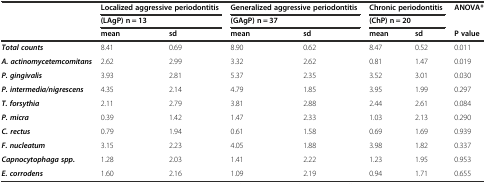
<table><thead><tr><td rowspan="2"></td><td colspan="2"><b>Localized aggressive periodontitis</b></td><td colspan="2"><b>Generalized aggressive periodontitis</b></td><td colspan="2"><b>Chronic periodontitis</b></td><td rowspan="2"><b>ANOVA*</b></td></tr><tr><td colspan="2"><b>(LAgP) n = 13</b></td><td colspan="2"><b>(GAgP) n = 37</b></td><td colspan="2"><b>(ChP) n = 20</b></td></tr><tr><td></td><td><b>mean</b></td><td><b>sd</b></td><td><b>mean</b></td><td><b>sd</b></td><td><b>mean</b></td><td><b>sd</b></td><td><b>P value</b></td></tr></thead><tbody><tr><td><b><i>Total counts</i></b></td><td>8.41</td><td>0.69</td><td>8.90</td><td>0.62</td><td>8.47</td><td>0.52</td><td>0.011</td></tr><tr><td><b><i>A. actinomycetemcomitans</i></b></td><td>2.62</td><td>2.99</td><td>3.32</td><td>2.62</td><td>0.81</td><td>1.47</td><td>0.019</td></tr><tr><td><b><i>P. gingivalis</i></b></td><td>3.93</td><td>2.81</td><td>5.37</td><td>2.35</td><td>3.52</td><td>3.01</td><td>0.030</td></tr><tr><td><b><i>P. intermedia/nigrescens</i></b></td><td>4.35</td><td>2.14</td><td>4.79</td><td>1.85</td><td>3.95</td><td>1.99</td><td>0.297</td></tr><tr><td><b><i>T. forsythia</i></b></td><td>2.11</td><td>2.79</td><td>3.81</td><td>2.88</td><td>2.44</td><td>2.61</td><td>0.084</td></tr><tr><td><b><i>P. micra</i></b></td><td>0.39</td><td>1.42</td><td>1.47</td><td>2.33</td><td>1.03</td><td>2.13</td><td>0.290</td></tr><tr><td><b><i>C. rectus</i></b></td><td>0.79</td><td>1.94</td><td>0.61</td><td>1.58</td><td>0.69</td><td>1.69</td><td>0.939</td></tr><tr><td><b><i>F. nucleatum</i></b></td><td>3.15</td><td>2.23</td><td>4.05</td><td>1.88</td><td>3.98</td><td>1.82</td><td>0.337</td></tr><tr><td><b><i>Capnocytophaga spp.</i></b></td><td>1.28</td><td>2.03</td><td>1.41</td><td>2.22</td><td>1.23</td><td>1.95</td><td>0.953</td></tr><tr><td><b><i>E. corrodens</i></b></td><td>1.60</td><td>2.16</td><td>1.09</td><td>2.19</td><td>0.94</td><td>1.71</td><td>0.655</td></tr></tbody></table>